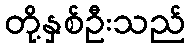
တို့နှစ်ဦးသည်